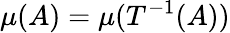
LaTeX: \mu(A)=\mu(T^{-1}(A))